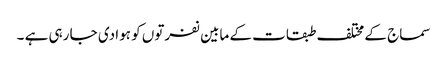
سماج کے مختلف طبقات کے مابین نفرتوں کو ہوا دی جا رہی ہے ۔